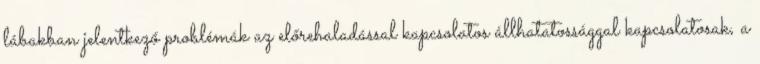
lábakban jelentkező problémák az előrehaladással kapcsolatos állhatatossággal kapcsolatosak, a